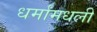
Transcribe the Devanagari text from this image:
धर्मांमधली